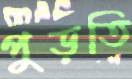
পুড়তি